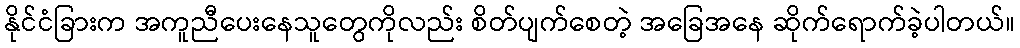
နိုင်ငံခြားက အကူညီပေးနေသူတွေကိုလည်း စိတ်ပျက်စေတဲ့ အခြေအနေ ဆိုက်ရောက်ခဲ့ပါတယ်။